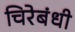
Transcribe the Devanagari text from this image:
चिरेबंधी